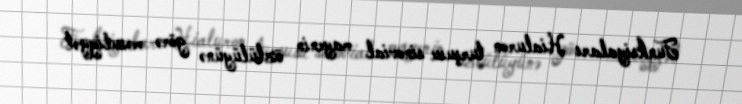
Funksiyaları Hialuron turşusu sinovial mayenin özlülüyünə görə məsuliyyət